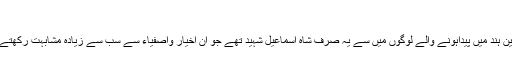
‘‘
سرزمینِ ہند میں پیداہونے والے لوگوں میں سے یہ صرف شاہ اسماعیل شہیدؒ تھے جو اِن اَخیار واصفیاء سے سب سے زیادہ مشابہت رکھتے تھے۔